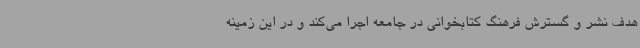
هدف نشر و گسترش فرهنگ کتابخوانی در جامعه اجرا می‌کند و در این زمینه